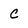
Character: C